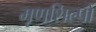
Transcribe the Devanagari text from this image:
मृणशिल्पों